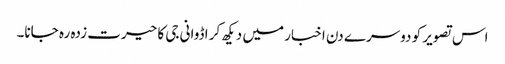
اس تصویر کو دوسرے دن اخبار میں دیکھ کر اڈوانی جی کا حیرت زدہ رہ جانا۔